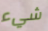
شيء